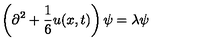
\left( \partial ^ { 2 } + { \frac { 1 } { 6 } } u ( x , t ) \right) \psi = \lambda \psi